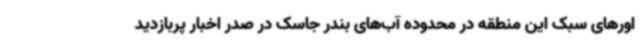
اورهای سبک این منطقه در محدوده آب‌های بندر جاسک در صدر اخبار پربازدید